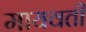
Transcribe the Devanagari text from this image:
मायवती